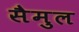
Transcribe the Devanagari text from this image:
सैमुल